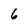
Character: 6